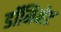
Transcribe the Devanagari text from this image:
डॉमिनेट